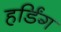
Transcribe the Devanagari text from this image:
हर्डिंग